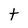
Character: t